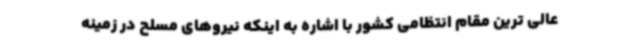
عالی ترین مقام انتظامی کشور با اشاره به اینکه نیروهای مسلح در زمینه